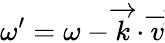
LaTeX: \omega^{\prime}=\omega-\overrightarrow{k}\cdot\overrightarrow{v}